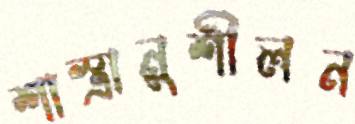
শাস্ত্রানুশীলন